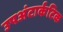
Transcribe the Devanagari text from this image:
उपअंटार्कटिक